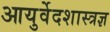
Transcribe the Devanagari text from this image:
आयुर्वेदशास्त्रज्ञ